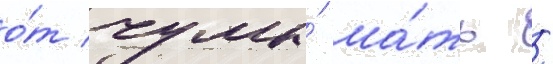
о́т чумы́ ма́ть /